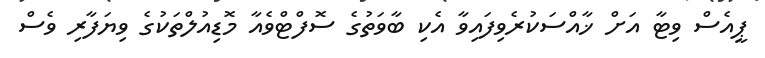
ޕީއެސް ވިޓާ އަށް ޚާއްސަކުރެވިފައިވާ އެކި ބާވަތުގެ ސޮފްޓްވެއާ މޮޑިއުލްތަކުގެ ވިޔަފާރި ވެސް